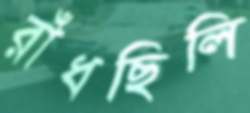
রাঁধছিলি